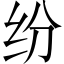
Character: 纷